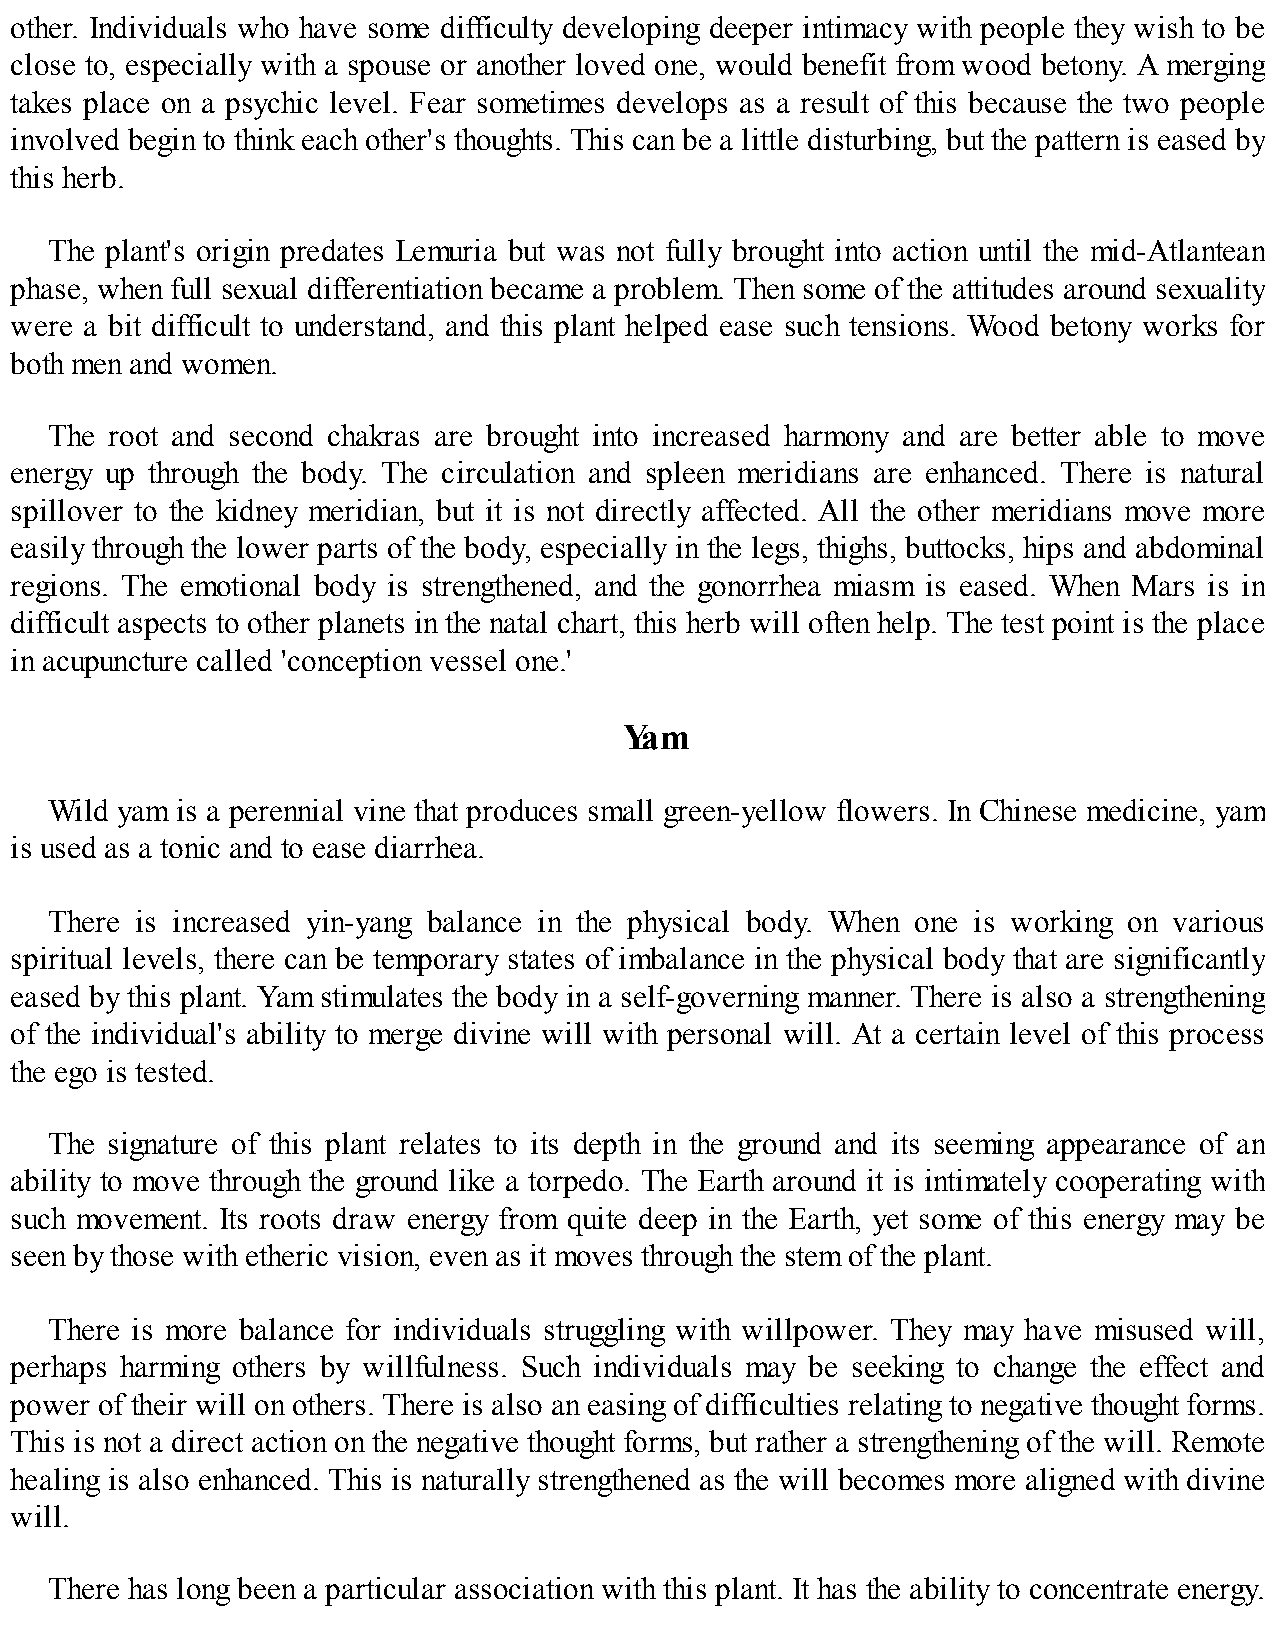
other. Individuals who have some difficulty developing deeper intimacy with people they wish to be
 close to, especially with a spouse or another loved one, would benefit from wood betony. A merging
 takes place on a psychic level. Fear sometimes develops as a result of this because the two people
 involved begin to think each other's thoughts. This can be a little disturbing, but the pattern is eased by
 this herb.
 The plant's origin predates Lemuria but was not fully brought into action until the mid-Atlantean
 phase, when full sexual differentiation became a problem. Then some of the attitudes around sexuality
 were a bit difficult to understand, and this plant helped ease such tensions. Wood betony works for
 both men and women.
 The root and second chakras are brought into increased harmony and are better able to move
 energy up through the body. The circulation and spleen meridians are enhanced. There is natural
 spillover to the kidney meridian, but it is not directly affected. All the other meridians move more
 easily through the lower parts of the body, especially in the legs, thighs, buttocks, hips and abdominal
 regions. The emotional body is strengthened, and the gonorrhea miasm is eased. When Mars is in
 difficult aspects to other planets in the natal chart, this herb will often help. The test point is the place
 in acupuncture called 'conception vessel one.'
 Yam
 Wild yam is a perennial vine that produces small green-yellow flowers. In Chinese medicine, yam
 is used as a tonic and to ease diarrhea.
 There is increased yin-yang balance in the physical body. When one is working on various
 spiritual levels, there can be temporary states of imbalance in the physical body that are significantly
 eased by this plant. Yam stimulates the body in a self-governing manner. There is also a strengthening
 of the individual's ability to merge divine will with personal will. At a certain level of this process
 the ego is tested.
 The signature of this plant relates to its depth in the ground and its seeming appearance of an
 ability to move through the ground like a torpedo. The Earth around it is intimately cooperating with
 such movement. Its roots draw energy from quite deep in the Earth, yet some of this energy may be
 seen by those with etheric vision, even as it moves through the stem of the plant.
 There is more balance for individuals struggling with willpower. They may have misused will,
 perhaps harming others by willfulness. Such individuals may be seeking to change the effect and
 power of their will on others. There is also an easing of difficulties relating to negative thought forms.
 This is not a direct action on the negative thought forms, but rather a strengthening of the will. Remote
 healing is also enhanced. This is naturally strengthened as the will becomes more aligned with divine
 will.
 There has long been a particular association with this plant. It has the ability to concentrate energy.